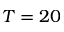
T = 2 0